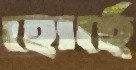
হোর্হে